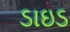
ડાઇડ